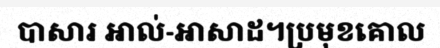
បាសារ អាល់-អាសាដ។ប្រមុខគោល